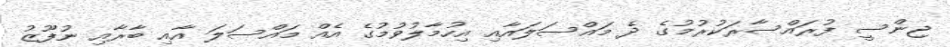
ޖިންސީ ފުރައްސާރަކުރުމުގެ ދެ މައްސަލައާއި އިހުމާލުވުމުގެ އެއް މައްސަލަ އާއި ބާރާއި ނުފޫޒު